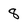
Character: 8